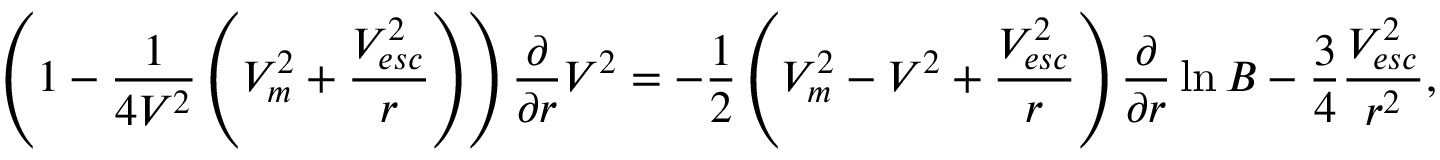
\left( 1 - \frac { 1 } { 4 V ^ { 2 } } \left( V _ { m } ^ { 2 } + \frac { V _ { e s c } ^ { 2 } } { r } \right) \right) \frac { \partial } { \partial r } V ^ { 2 } = - \frac { 1 } { 2 } \left( V _ { m } ^ { 2 } - V ^ { 2 } + \frac { V _ { e s c } ^ { 2 } } { r } \right) \frac { \partial } { \partial r } \ln B - \frac { 3 } { 4 } \frac { V _ { e s c } ^ { 2 } } { r ^ { 2 } } ,